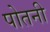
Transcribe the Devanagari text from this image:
पोतनी